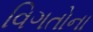
વિગતોના